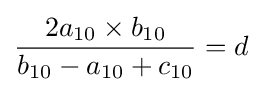
{2a_{10}\times b_{10} \over b_{10}-a_{10}+c_{10}}=d